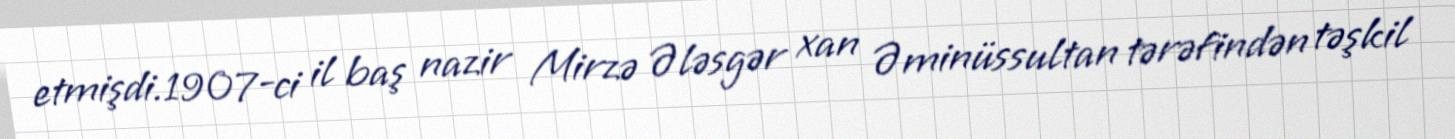
etmişdi.1907-ci il baş nazir Mirzə Ələsgər xan Əminüssultan tərəfindən təşkil